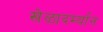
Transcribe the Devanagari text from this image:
खेळादर्म्यान